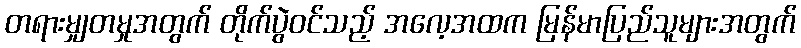
တရားမျှတမှုအတွက် တိုက်ပွဲဝင်သည့် အလေ့အထက မြန်မာပြည်သူများအတွက်